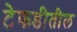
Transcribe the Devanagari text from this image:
टेकडीतील